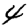
Digit: 4